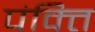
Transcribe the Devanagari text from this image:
पंक्‍ति